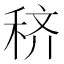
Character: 𰨦